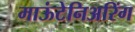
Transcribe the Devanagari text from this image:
माऊंटेनिअरिंग